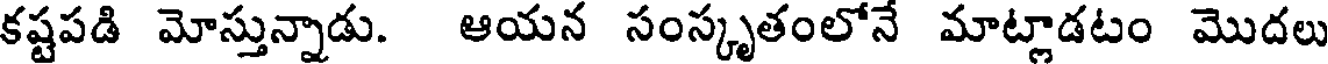
కష్టపడి మోస్తున్నాడు. ఆయన సంస్కృతంలోనే మాట్లాడటం మొదలు